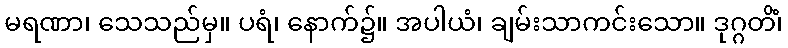
မရဏာ၊ သေသည်မှ။ ပရံ၊ နောက်၌။ အပါယံ၊ ချမ်းသာကင်းသော။ ဒုဂ္ဂတိံ၊